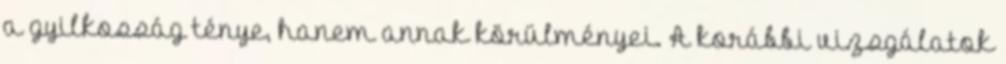
a gyilkosság ténye, hanem annak körülményei. A korábbi vizsgálatok